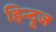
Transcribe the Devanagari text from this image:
हिन्दूज